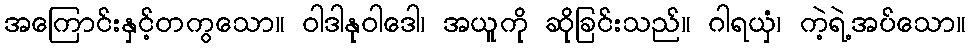
အကြောင်းနှင့်တကွသော။ ဝါဒါနုဝါဒေါ၊ အယူကို ဆိုခြင်းသည်။ ဂါရယှံ၊ ကဲ့ရဲ့အပ်သော။